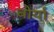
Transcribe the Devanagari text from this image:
बोर्या